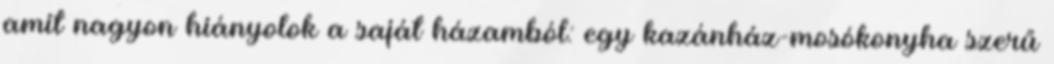
amit nagyon hiányolok a saját házamból: egy kazánház-mosókonyha szerű